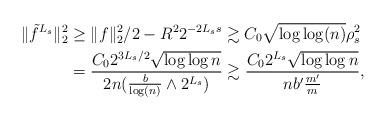
LaTeX: \begin{align*}\|\tilde{f}^{L_s}\|_2^2&\geq \|f\|_2^2/2 -R^2 2^{-2L_s s}\gtrsim C_0\sqrt{\log\log (n)} \rho_s^2 \\& = \frac{C_02^{3L_s/2}\sqrt{\log\log n}}{2n (\frac{b}{\log(n)} \wedge 2^{L_s})}\gtrsim \frac{C_02^{L_s}\sqrt{\log\log n}}{n b' \frac{m'}{m}},\end{align*}